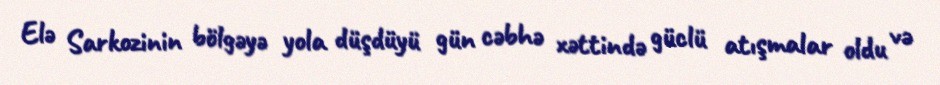
Elə Sarkozinin bölgəyə yola düşdüyü gün cəbhə xəttində güclü atışmalar oldu və